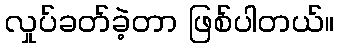
လှုပ်ခတ်ခဲ့တာ ဖြစ်ပါတယ်။